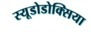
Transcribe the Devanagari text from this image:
स्यूडोडोक्सिया